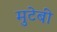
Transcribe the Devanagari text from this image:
मुटेबी